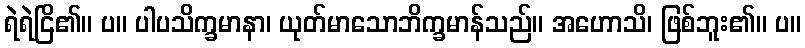
ရဲရဲငြိ၏။ ပ။ ပါပသိက္ခမာနာ၊ ယုတ်မာသောဘိက္ခမာန်သည်။ အဟောသိ၊ ဖြစ်ဘူး၏။ ပ။